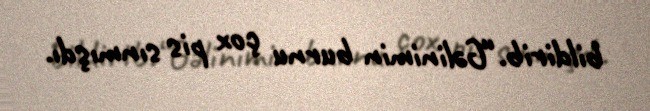
bildirib.“Gəlinimin burnu çox pis sınmışdı.